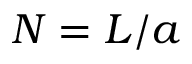
N = L / a